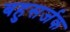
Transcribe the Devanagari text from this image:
बहुसर्जक